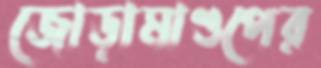
জোড়ামাণ্ডপের